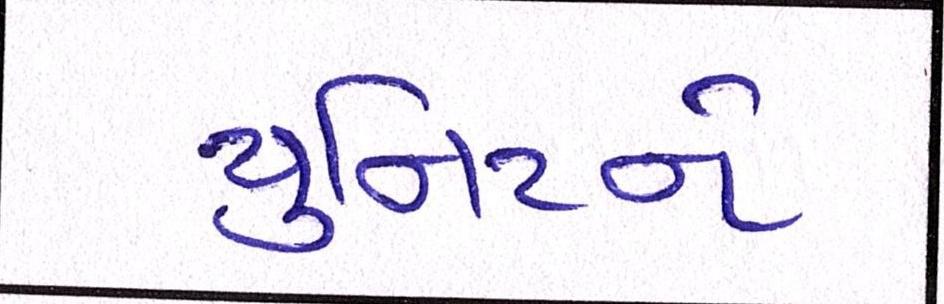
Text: યુનિટને